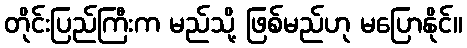
တိုင်းပြည်ကြီးက မည်သို့ ဖြစ်မည်ဟု မပြောနိုင်။